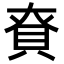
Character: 𮙺